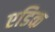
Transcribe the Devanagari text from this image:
एडिक